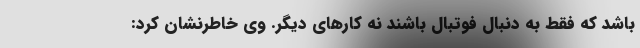
باشد که فقط به دنبال فوتبال باشند نه کارهای دیگر. وی خاطرنشان کرد: